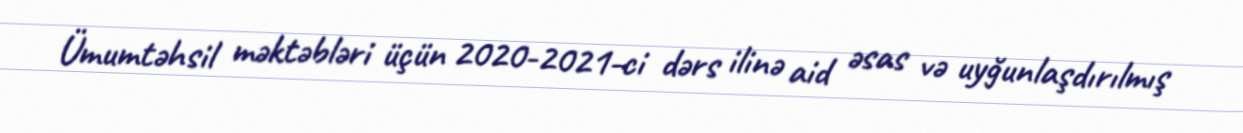
Ümumtəhsil məktəbləri üçün 2020-2021-ci dərs ilinə aid əsas və uyğunlaşdırılmış